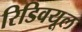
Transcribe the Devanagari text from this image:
रिडिवयूल